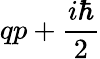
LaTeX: qp+{\frac{i\hbar}{2}}